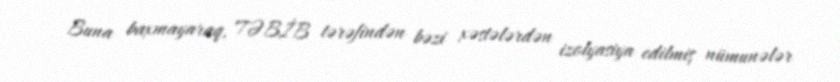
Buna baxmayaraq, TƏBİB tərəfindən bəzi xəstələrdən izolyasiya edilmiş nümunələr